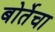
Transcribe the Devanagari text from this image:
बोर्तेचा